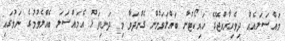
މައްސަލައެއް ދިވެހިރާއްޖޭގެ ހައިކޯޓުން ބައްލަވަމުން ގެންދަވާ މި ދަނޑިވަޅު އެމައްސަލަ ބެއްލެވުމުގެ ނަމުގައި